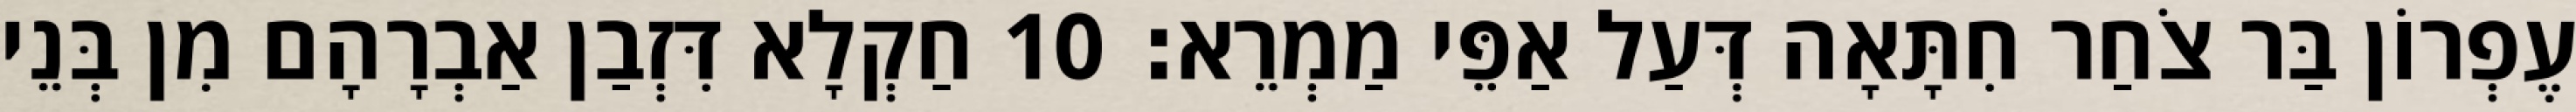
עֶפְרוֹן בַּר צֹחַר חִתָּאָה דְּעַל אַפֵּי מַמְרֵא׃ 10 חַקְלָא דִּזְבַן אַבְרָהָם מִן בְּנֵי